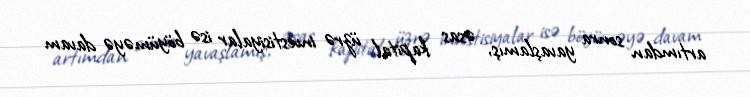
artımdan sonra yavaşlamış, əsas kapital üzrə investisiyalar isə böyüməyə davam